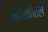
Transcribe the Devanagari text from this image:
भौतिकीतले